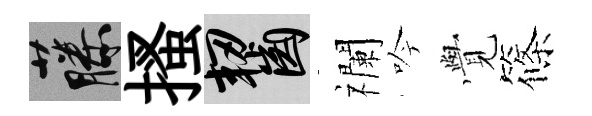
藤搔齧襴吟𮗜篠